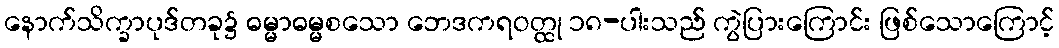
နောက်သိက္ခာပုဒ်တခု၌ ဓမ္မာဓမ္မစသော ဘေဒကရဝတ္ထု ၁၈-ပါးသည် ကွဲပြားကြောင်း ဖြစ်သောကြောင့်